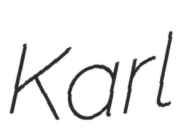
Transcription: Karl